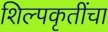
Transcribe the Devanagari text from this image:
शिल्पकृतींचा